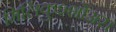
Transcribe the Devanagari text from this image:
मिलिकुश्शोअरा